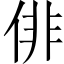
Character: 俳